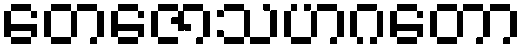
တေဇောသဟဂတော